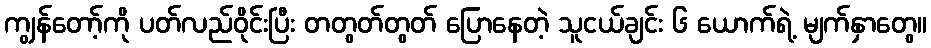
ကျွန်တော့်ကို ပတ်လည်ဝိုင်းပြီး တတွတ်တွတ် ပြောနေတဲ့ သူငယ်ချင်း ၆ ယောက်ရဲ့ မျက်နှာတွေ။